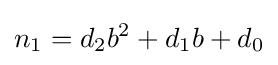
n_{1}=d_{2}b^{2}+d_{1}b+d_{0}